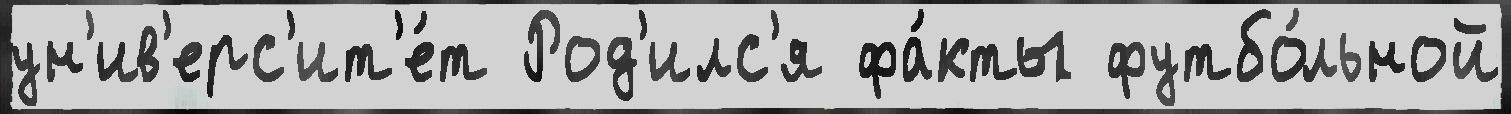
ун'ив'ерс'ит'е́т Род'илс'я фа́кты футбо́льной